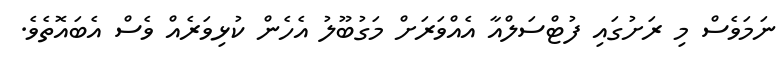
ނަމަވެސް މި ރަށުގައި ފުޓްސަލްއާ އެއްވަރަށް މަގުބޫލު އެހެން ކުޅިވަރެއް ވެސް އެބައޮތެވެ.